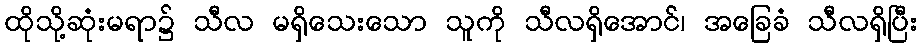
ထိုသို့ဆုံးမရာ၌ သီလ မရှိသေးသော သူကို သီလရှိအောင်၊ အခြေခံ သီလရှိပြီး